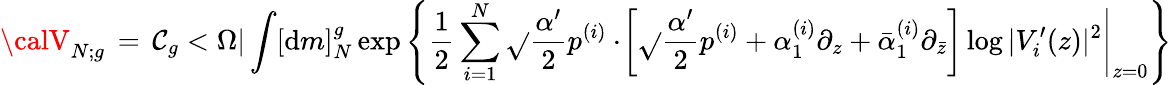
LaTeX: {\calV}_{N;g}\, =\, {\cal\mathcal{C}}_{g}<\Omega|\int[{\mathrm{{d}}}m]_{N}^{g}\exp\left\{ \frac{{1}}{{2}}\sum_{i=1}^{N}\sqrt{}{{\frac{{\alpha^{\prime}}}{{2}}}}p^{(i)}\cdot\left.\! \left[\sqrt{}{{\frac{{\alpha^{\prime}}}{{2}}}}p^{(i)}+{\alpha}_{1}^{(i)}\partial_{z}+\bar{{\alpha}}_{1}^{(i)}\partial_{\bar{{z}}}\right]\log|V_{i}^{\prime}(z)|^{2}\right|_{z=0}\right\}